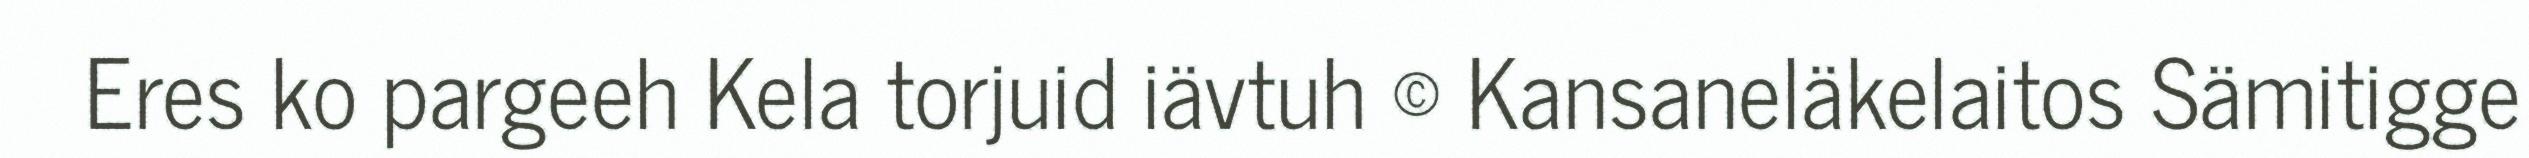
Eres ko pargeeh Kela torjuid iävtuh © Kansaneläkelaitos Sämitigge